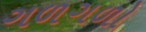
ગળગળો